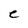
Character: C